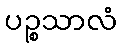
ပဉ္စသာလံ